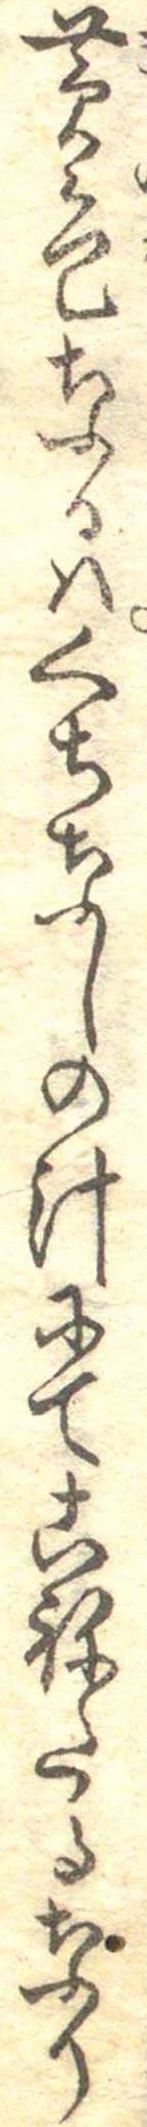
黄色なるはくちなしの汁にてこねたるなり